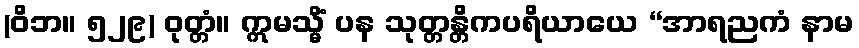
(ဝိဘ။ ၅၂၉) ဝုတ္တံ။ ဣမသ္မိံ ပန သုတ္တန္တိကပရိယာယေ “အာရညကံ နာမ